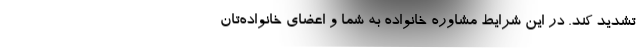
تشدید کند. در این شرایط مشاوره خانواده به شما و اعضای خانواده‌تان